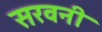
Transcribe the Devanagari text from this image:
सरवनी